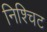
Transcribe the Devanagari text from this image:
निश्चिट